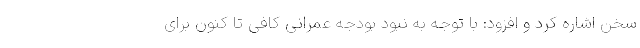
سخن اشاره کرد و افزود: با توجه به نبود بودجه عمرانی کافی تا کنون برای